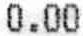
0.00